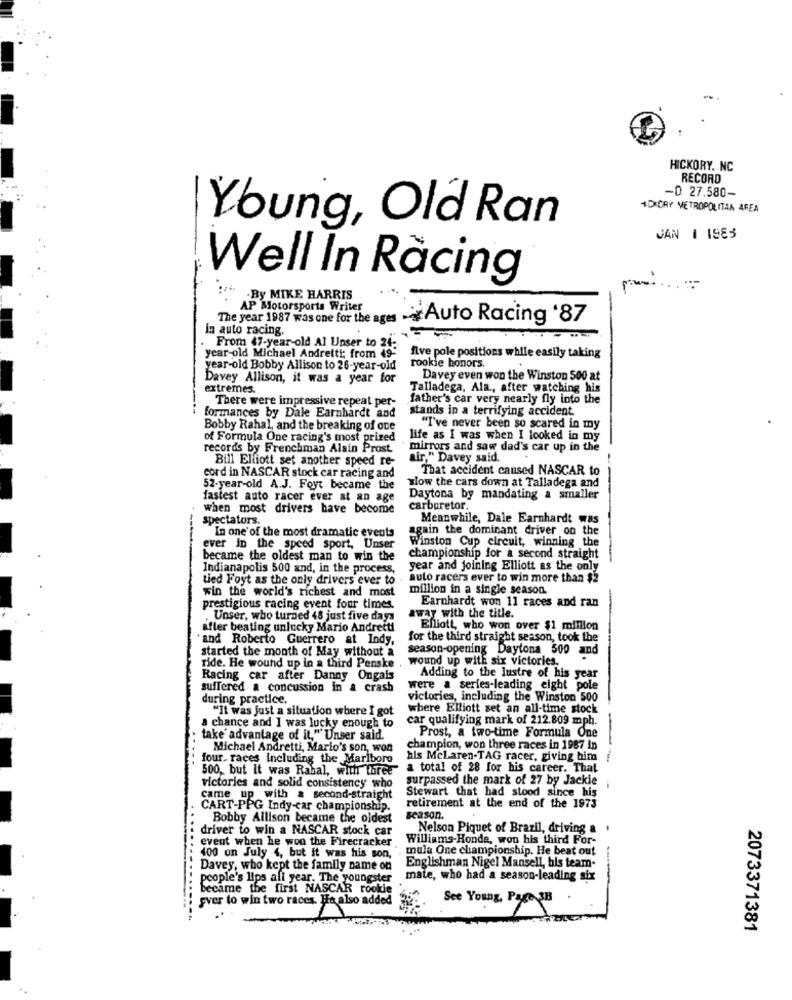
HICKORY, NC
RECORD
-0. 27.580-
+DICRY METROPOLITAN AREA
Young, Old Ran
JAN 1 1983
Well In Racing
.By MIKE HARRIS
AP Motorsports Writer
The year 1987 was one for the ages
Auto Racing '87
In auto racing.
From 47-year-old Al Unser to 2
year-old Michael Andretti; from 49-
rookie honors.
five pole positions while easily taking
year-old Bobby Allison to 26-year-old
Davey Allison, it was a year for
Davey even won the Winston 500 at
extremes.
Talladega, Ala ., after watching his
There were impressive repeat per-
father's car very nearly fly into the
stands in a terrifying accident.
formances by Dale Earnhardt and
Bobby Rahal, and the breaking of one
"I've never been so scared in my
of Formula One racing's most prized
life as I was when I looked in my
records by Frenchman Alain Prost
mirrors and saw dad's car up in the
Bill Elliott set another speed re-
air," Davey said.
That accident caused NASCAR to
cord in NASCAR stock car racing and
52-year-old A.J. Foyt became the
slow the cars down at Talladega and
fastest auto racer ever at an age
Daytona by mandating a smaller
when most drivers have become
carburetor.
spectators.
Meanwhile, Dale Earnhardt was
again the dominant driver on the
In one of the most dramatic events
Winston Cup circuit, winning the
ever in the speed sport, Unser
became the oldest man to win the
championship for a second straight
Indianapolis 500 and, in the process,
year and joining Elliott as the only
tied Foyt as the only drivers ever to
auto racers ever to win more than $2
million in a single season.
win the world's richest and most
-
prestigious racing event four times.
away with the title.
Earnhardt won 11 races and ran
Unser, who turned 48 just five days
after beating unlucky Mario Andretti
Elliott, who won over $1 million
and Roberto Guerrero at Indy,
for the third straight season, took the
started the month of May without a
season-opening Daytona 500 and
wound up with six victories.
ride. He wound up in a third Penske
Racing car after Danny Ongais
Adding to the lustre of his year
suffered a concussion in a crash
were a series-leading eight pole
during practice.
victories, including the Winston 500
"It was just a situation where I got
where Elliott set an all-time stock
car qualifying mark of 212.809 mph.
a chance and I was lucky enough to
Prost, a two-time Formula One
take advantage of it," Unser said.
Michael Andretti, Mario's son, won
champion, won three races in 1987 In
four. races including the Marlboro
hls McLaren-TAG racer, giving bim
--
500, but it was Rabal, with three
a total of 28 for his career. That
surpassed the mark of 27 by Jackie
victories and solid consistency who
came up with a second-straight
Stewart that had stood since his
CART-PPG Indy-car championship.
retirement at the end of the 1973
Bobby Allison became the oldest
season.
driver to win a NASCAR stock car
Nelson Piquet of Brazil, driving &
Williams-Honde, won his third For-
event when he won the Firecracker.
". mula One championship. He beat out
400 on July 4, but it was his son,
Englishman Nigel Mansell, his team-
Davey, who kept the family name on
people's lips all year. The youngster
mate, who had a season-leading six
became the first NASCAR rookie
sver to win two races. He also added
See Young, Page 3B
2073371381